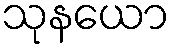
သုနယော